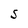
Character: S